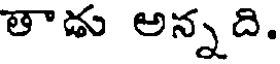
తాడు అన్నది.